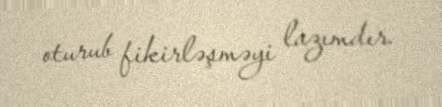
oturub fikirləşməyi lazımdır.